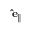
\mathbf { \hat { e } } _ { \parallel }